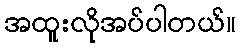
အထူးလိုအပ်ပါတယ်။